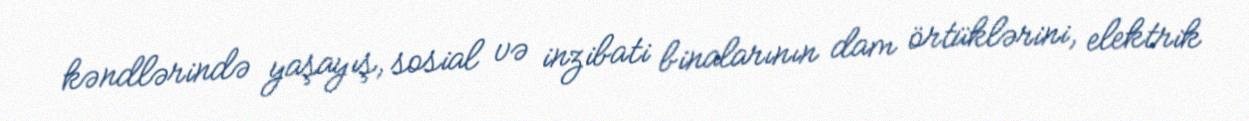
kəndlərində yaşayış, sosial və inzibati binalarının dam örtüklərini, elektrik